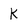
Character: k